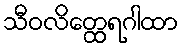
သီဝလိတ္ထေရဂါထာ